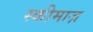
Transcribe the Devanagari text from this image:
स्कीमाज़